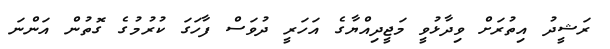
ރަޝީދު އިތުރަށް ވިދާޅުވީ މަޖީދިއްޔާގެ އަހަރީ ދުވަސް ފާހަގަ ކުރުމުގެ ގޮތުން އަންނަ